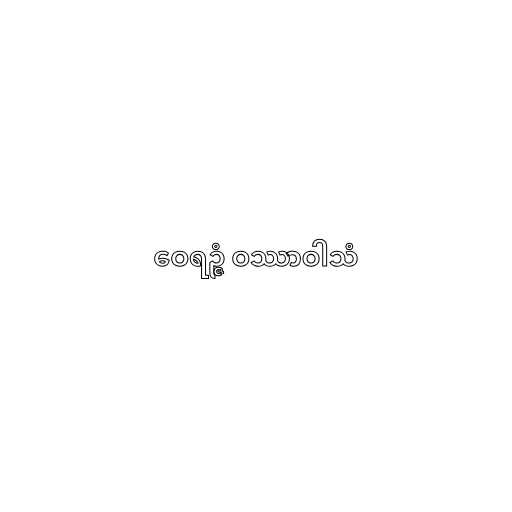
ဝေရဉ္ဇံ ဝဿာဝါသံ